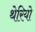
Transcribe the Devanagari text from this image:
थेरियो